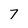
Character: 7